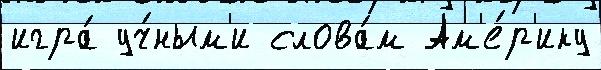
игра́ уч́ным'и слова́м Ам'е́р'ику